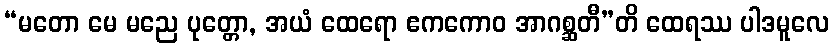
“မတော မေ မညေ ပုတ္တော, အယံ ထေရော ဧကကောဝ အာဂစ္ဆတီ”တိ ထေရဿ ပါဒမူလေ